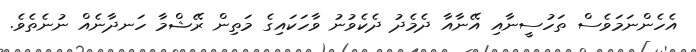
އެހެންނަމަވެސް ތަހުސީނާއި އޭނާއާ ދެމެދު ދެކެވުނު ވާހަކައިގެ މަތިން ރޭޝްމާ ހަނދާނެއް ނުނެތެވެ.